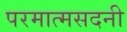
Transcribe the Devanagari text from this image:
परमात्मसदनी